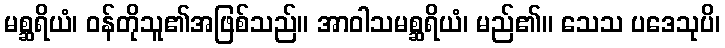
မစ္ဆရိယံ၊ ဝန်တိုသူ၏အဖြစ်သည်။ အာဝါသမစ္ဆရိယံ၊ မည်၏။ သေသ ပဒေသုပိ၊